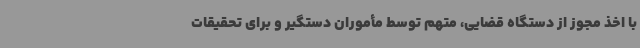
با اخذ مجوز از دستگاه قضایی، متهم توسط مأموران دستگیر و برای تحقیقات